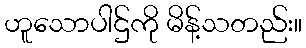
ဟူသောပါဌ်ကို မိန့်သတည်း။